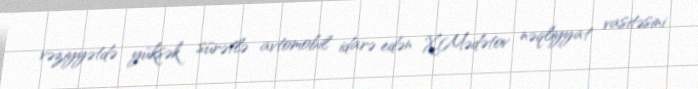
vəziyyətdə yüksək sürətlə avtomobil idarə edən X.Mədətov nəqliyyat vasitəsini